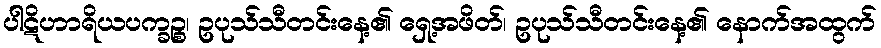
ပါဋိဟာရိယပက္ခဉ္စ၊ ဥပုသ်သီတင်းနေ့၏ ရှေ့အဖိတ်၊ ဥပုသ်သီတင်းနေ့၏ နောက်အထွက်